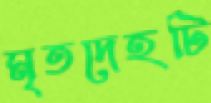
মৃতদেহটি